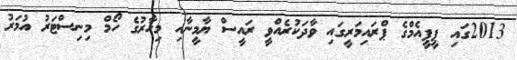
2013ގައި ޕީޕީއެމްގެ ޕްރައިމަރީގައި ވާދަކުރެއްވީ ރައީސް ޔާމީނާއި މިހާރުގެ ހޯމް މިނިސްޓަރު އުމަރު